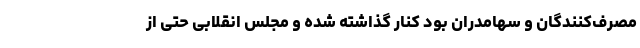
مصرف‌کنندگان و سهامدران بود کنار گذاشته شده و مجلس انقلابی حتی از